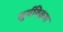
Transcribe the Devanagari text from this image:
सूर्यविक्रम